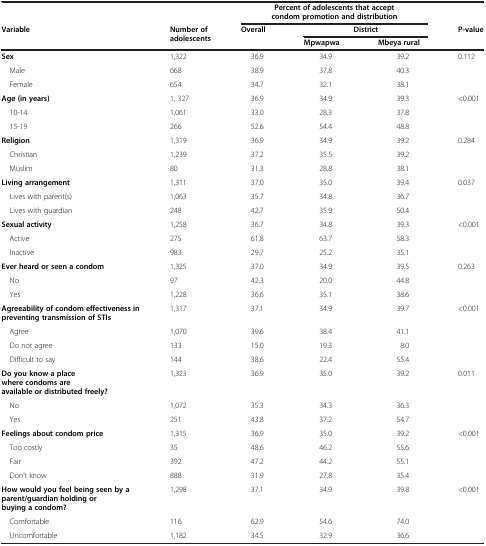
<table><thead><tr><td><b> </b></td><td><b> </b></td><td colspan="3"><b>Percent of adolescents that accept condom promotion and distribution</b></td><td><b> </b></td></tr><tr><td><b>Variable</b></td><td><b>Number of adolescents</b></td><td><b>Overall</b></td><td colspan="2"><b>District</b></td><td><b>P-value</b></td></tr><tr><td><b> </b></td><td><b> </b></td><td><b> </b></td><td><b>Mpwapwa</b></td><td><b>Mbeya rural</b></td><td><b> </b></td></tr></thead><tbody><tr><td><b>Sex</b></td><td>1,322</td><td>36.9</td><td>34.9</td><td>39.2</td><td>0.112</td></tr><tr><td> Male</td><td>668</td><td>38.9</td><td>37.8</td><td>40.3</td><td> </td></tr><tr><td> Female</td><td>654</td><td>34.7</td><td>32.1</td><td>38.1</td><td> </td></tr><tr><td><b>Age (in years)</b></td><td>1, 327</td><td>36.9</td><td>34.9</td><td>39.3</td><td>&lt;0.001</td></tr><tr><td> 10-14</td><td>1,061</td><td>33.0</td><td>28.3</td><td>37.8</td><td> </td></tr><tr><td> 15-19</td><td>266</td><td>52.6</td><td>54.4</td><td>48.8</td><td> </td></tr><tr><td><b>Religion</b></td><td>1,319</td><td>36.9</td><td>34.9</td><td>39.2</td><td>0.284</td></tr><tr><td> Christian</td><td>1,239</td><td>37.2</td><td>35.5</td><td>39.2</td><td> </td></tr><tr><td> Muslim</td><td>80</td><td>31.3</td><td>28.8</td><td>38.1</td><td> </td></tr><tr><td><b>Living arrangement</b></td><td>1,311</td><td>37.0</td><td>35.0</td><td>39.4</td><td>0.037</td></tr><tr><td> Lives with parent(s)</td><td>1,063</td><td>35.7</td><td>34.8</td><td>36.7</td><td> </td></tr><tr><td> Lives with guardian</td><td>248</td><td>42.7</td><td>35.9</td><td>50.4</td><td> </td></tr><tr><td><b>Sexual activity</b></td><td>1,258</td><td>36.7</td><td>34.8</td><td>39.3</td><td>&lt;0.001</td></tr><tr><td> Active</td><td>275</td><td>61.8</td><td>63.7</td><td>58.3</td><td> </td></tr><tr><td> Inactive</td><td>983</td><td>29.7</td><td>25.2</td><td>35.1</td><td> </td></tr><tr><td><b>Ever heard or seen a condom</b></td><td>1,325</td><td>37.0</td><td>34.9</td><td>39.5</td><td>0.263</td></tr><tr><td> No</td><td>97</td><td>42.3</td><td>20.0</td><td>44.8</td><td> </td></tr><tr><td> Yes</td><td>1,228</td><td>36.6</td><td>35.1</td><td>38.6</td><td> </td></tr><tr><td><b>Agreeability of condom effectiveness in preventing transmission of STIs</b></td><td>1,317</td><td>37.1</td><td>34.9</td><td>39.7</td><td>&lt;0.001</td></tr><tr><td> Agree</td><td>1,070</td><td>39.6</td><td>38.4</td><td>41.1</td><td> </td></tr><tr><td> Do not agree</td><td>133</td><td>15.0</td><td>19.3</td><td>8.0</td><td> </td></tr><tr><td> Difficult to say</td><td>144</td><td>38.6</td><td>22.4</td><td>55.4</td><td> </td></tr><tr><td><b>Do you know a place where condoms are available or distributed freely?</b></td><td>1,323</td><td>36.9</td><td>35.0</td><td>39.2</td><td>0.011</td></tr><tr><td> No</td><td>1,072</td><td>35.3</td><td>34.3</td><td>36.3</td><td> </td></tr><tr><td> Yes</td><td>251</td><td>43.8</td><td>37.2</td><td>54.7</td><td> </td></tr><tr><td><b>Feelings about condom price</b></td><td>1,315</td><td>36.9</td><td>35.0</td><td>39.2</td><td>&lt;0.001</td></tr><tr><td> Too costly</td><td>35</td><td>48.6</td><td>46.2</td><td>55.6</td><td> </td></tr><tr><td> Fair</td><td>392</td><td>47.2</td><td>44.2</td><td>55.1</td><td> </td></tr><tr><td> Don’t know</td><td>888</td><td>31.9</td><td>27.8</td><td>35.4</td><td> </td></tr><tr><td><b>How would you feel being seen by a parent/guardian holding or buying a condom?</b></td><td>1,298</td><td>37.1</td><td>34.9</td><td>39.8</td><td>&lt;0.001</td></tr><tr><td> Comfortable</td><td>116</td><td>62.9</td><td>54.6</td><td>74.0</td><td> </td></tr><tr><td> Uncomfortable</td><td>1,182</td><td>34.5</td><td>32.9</td><td>36.6</td><td> </td></tr></tbody></table>